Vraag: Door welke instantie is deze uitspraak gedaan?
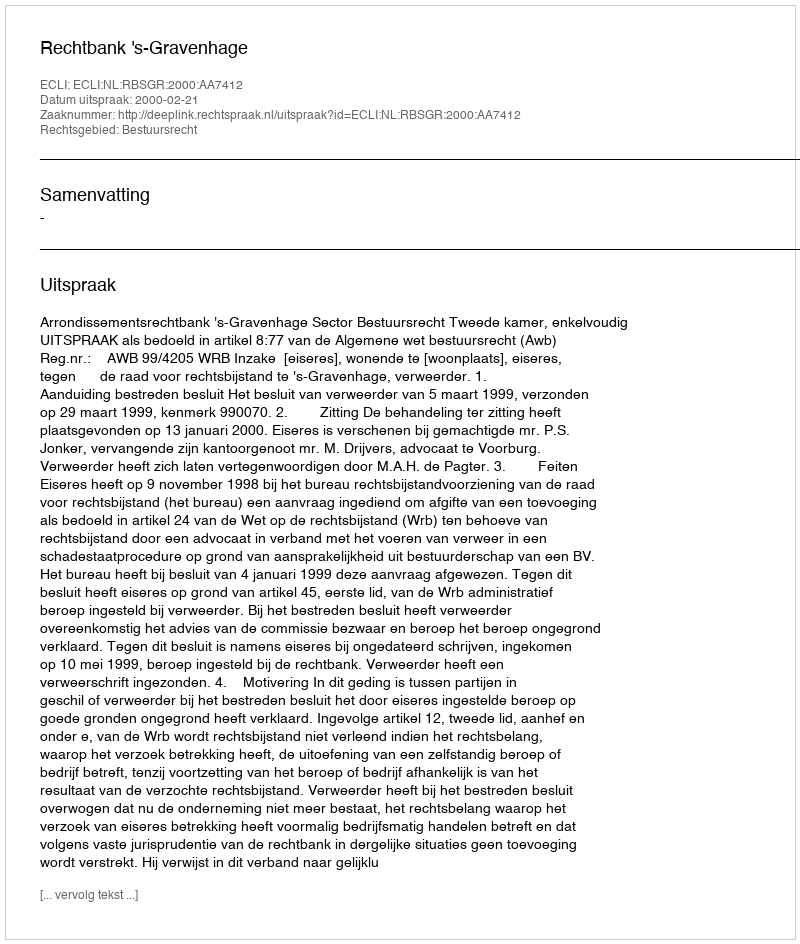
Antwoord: Rechtbank 's-Gravenhage